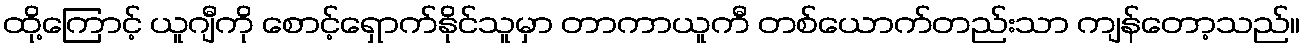
ထို့ကြောင့် ယူဂျီကို စောင့်ရှောက်နိုင်သူမှာ တာကာယူကီ တစ်ယောက်တည်းသာ ကျန်တော့သည်။